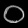
Digit: ၀